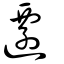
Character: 遷